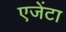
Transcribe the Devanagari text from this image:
एजेंटा